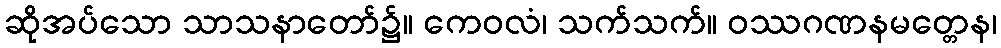
ဆိုအပ်သော သာသနာတော်၌။ ကေဝလံ၊ သက်သက်။ ဝဿဂဏနမတ္တေန၊